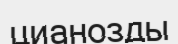
цианозды